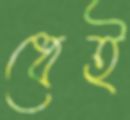
ধেই